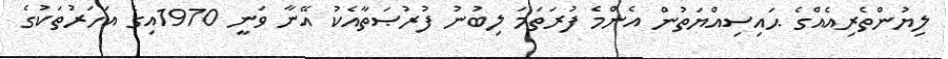
ލިޔުންތެރިއެއްގެ ޙައިސިއްޔަތުން އެންމެ ފުރަތަމަ ލިބުނު ފުރުޞަތާއެކު އޭނާ ވަނީ 1970އިގެ އަހަރުތަކުގެ